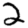
Digit: 2